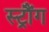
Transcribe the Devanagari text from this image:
स्ट्रौंग